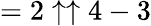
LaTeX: =2\uparrow\uparrow 4-3